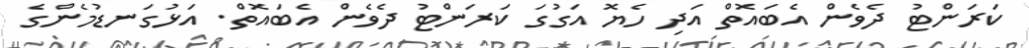
ކަރަންޓު ދެވެން އެބައޮތް އަދި ހެޔޮ އަގުގަ ކަރަންޓު ދެވެން އެބައޮތް. އަޅުގަނޑުމެންގެ